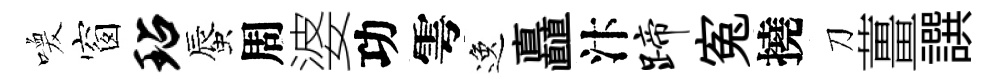
喚窗玷蜃周婆功雩逸矗汴蹄寃撓刀薑譔